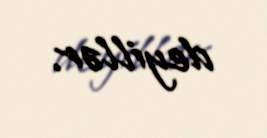
deyillər.